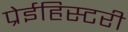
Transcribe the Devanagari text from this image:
प्रेईहिस्टरी